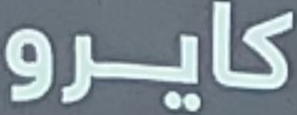
كايرو